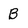
Character: B